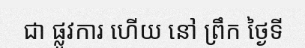
ជា ផ្លូវការ ហើយ នៅ ព្រឹក ថ្ងៃទី